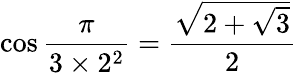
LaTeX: \cos{\frac{\pi}{3\times 2^{2}}}={\frac{\sqrt{2+{\sqrt{3}}}}{2}}